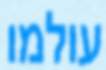
עולמו